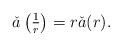
LaTeX: \begin{align*}\textstyle\check{a}\left(\frac{1}{r}\right)=r\check{a}(r).\end{align*}